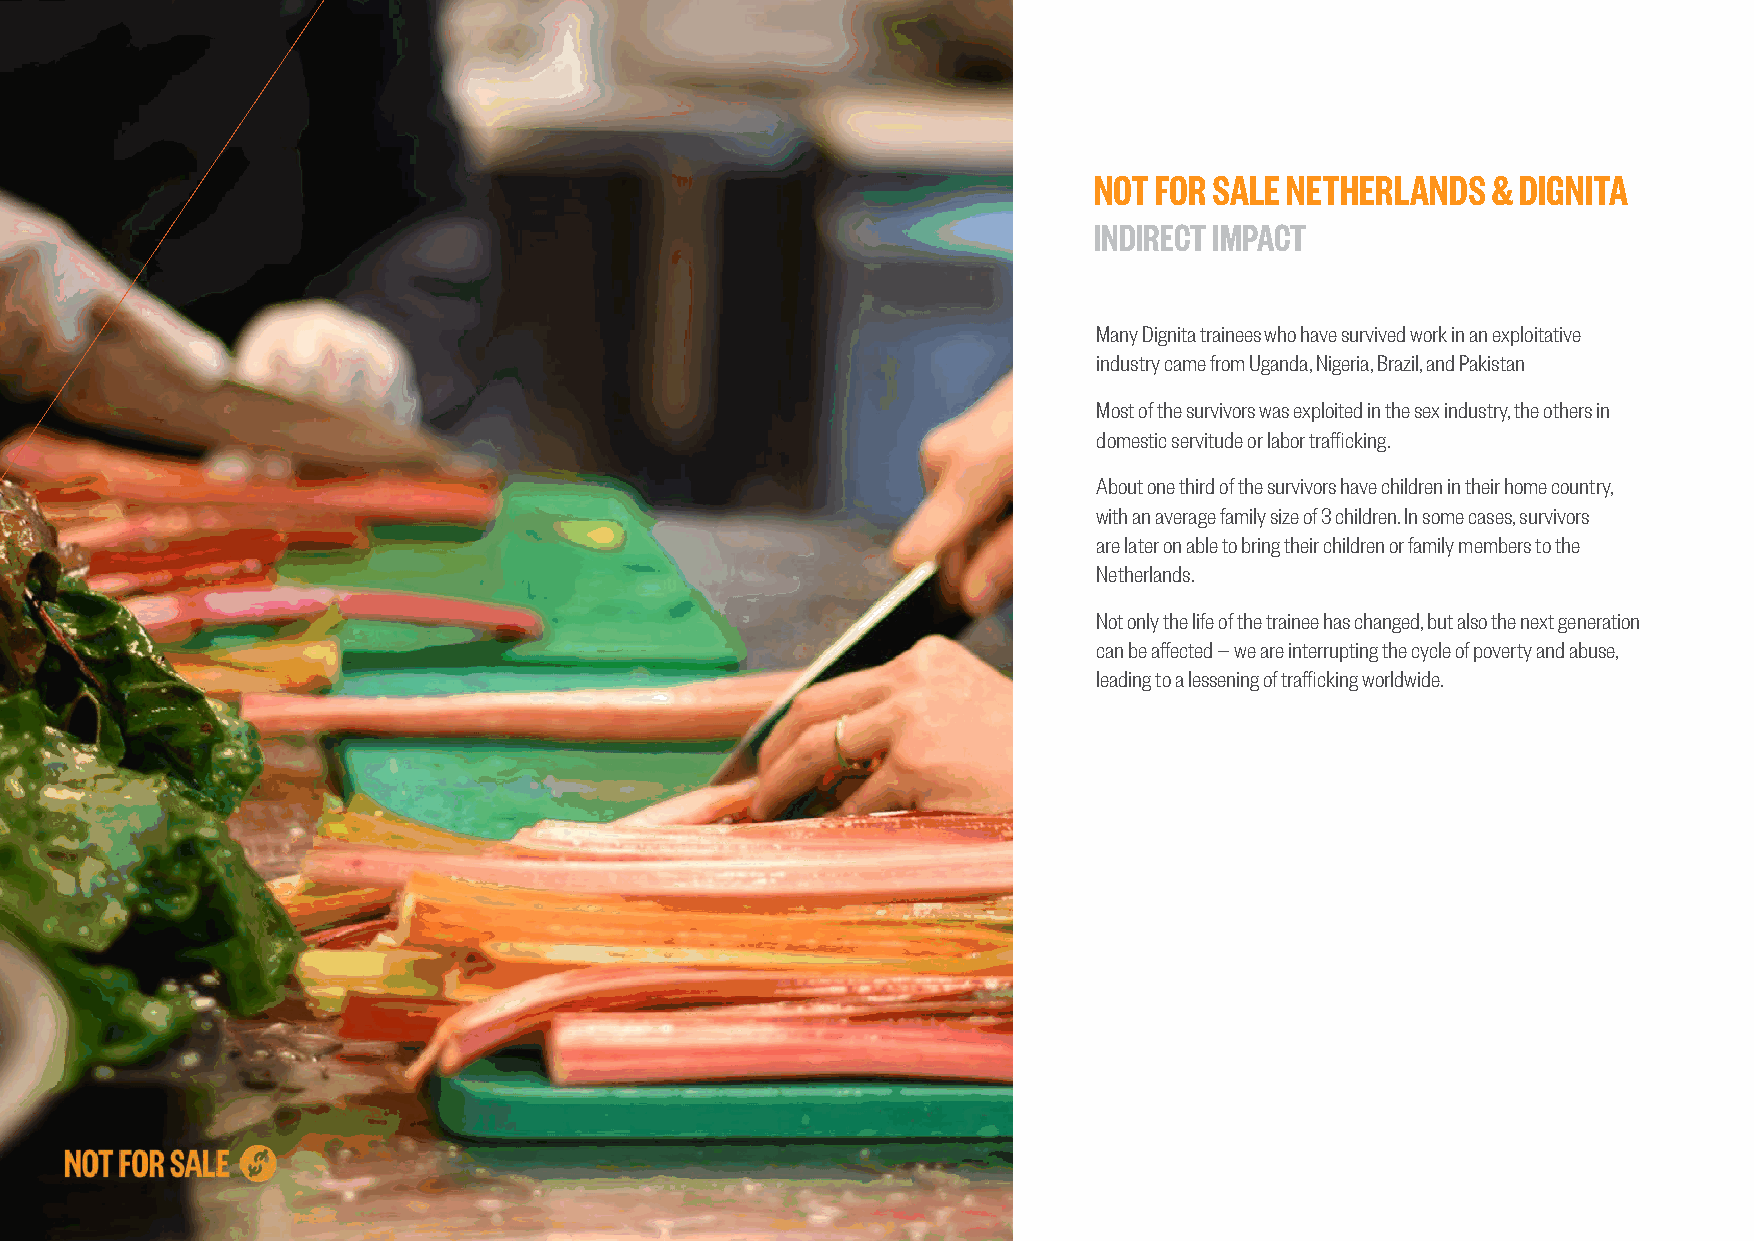
NOT  FOR SALE NETHERLANDS  & DIGNITA
 INDIRECT IMPACT
 Many Dignita trainees who have survived work in an exploitative
 industry came from Uganda, Nigeria, Brazil, and Pakistan
 Most of the survivors was exploited in the sex industry, the others in
 domestic servitude or labor trafficking.
 About one third of the survivors have children in their home country,
 with an average family size of 3 children. In some cases, survivors
 are later on able to bring their children or family members to the
 Netherlands.
 Not only the life of the trainee has changed, but also the next generation
 can be affected — we are interrupting the cycle of poverty and abuse,
 leading to a lessening of trafficking worldwide.